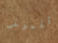
تلميذ